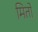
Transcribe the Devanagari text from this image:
मितों